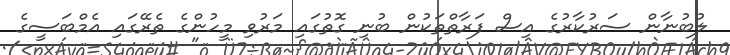
ލުބުނާން ސަރުކާރުގެ އިސް ފަރާތްތަކުން ބުނި ގޮތުގައި މަރުވި މީހުންގެ ތެރޭގައި އެމްބަސީގެ